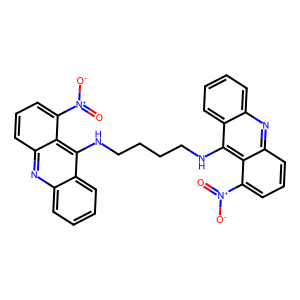
SMILES: O=[N+]([O-])c1cccc2nc3ccccc3c(NCCCCNc3c4ccccc4nc4cccc([N+](=O)[O-])c34)c12
Inhibits HIV replication: No